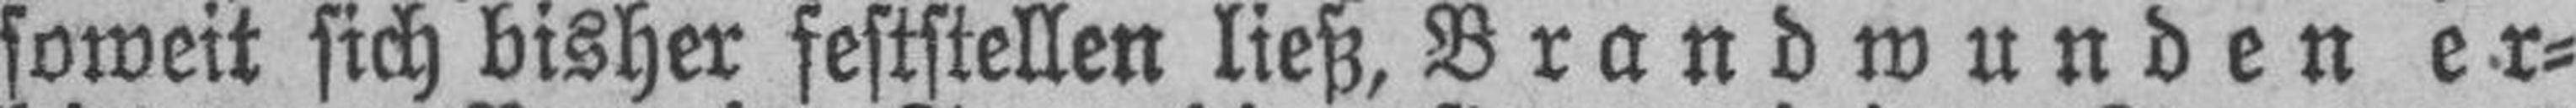
soweit sich bisher feststellen ließ, Brandwunden er¬